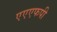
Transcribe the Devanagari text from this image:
एएएफपी